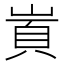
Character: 𡺋